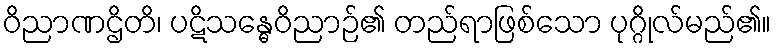
ဝိညာဏဌိတိ၊ ပဋိသန္ဓေဝိညာဉ်၏ တည်ရာဖြစ်သော ပုဂ္ဂိုလ်မည်၏။